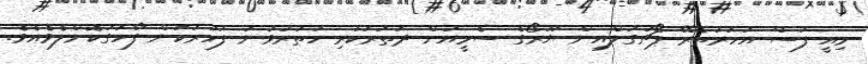
މިއީ ފަސް އަހަރުތެރޭ ޕޯޗުގަލްއިން ޔޫރޯގެ ސެމީއަށް ދަތުރުކުރި ހަތަރުވަނަ ފަހަރުކަން ފާހަގަކޮށްލެވެއެވެ.